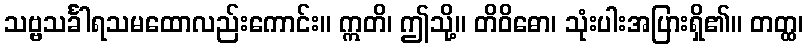
သဗ္ဗသင်္ခါရသမထောလည်းကောင်း။ ဣတိ၊ ဤသို့။ တိဝိဓော၊ သုံးပါးအပြားရှိ၏။ တတ္ထ၊